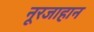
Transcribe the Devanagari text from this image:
नूरजाहान